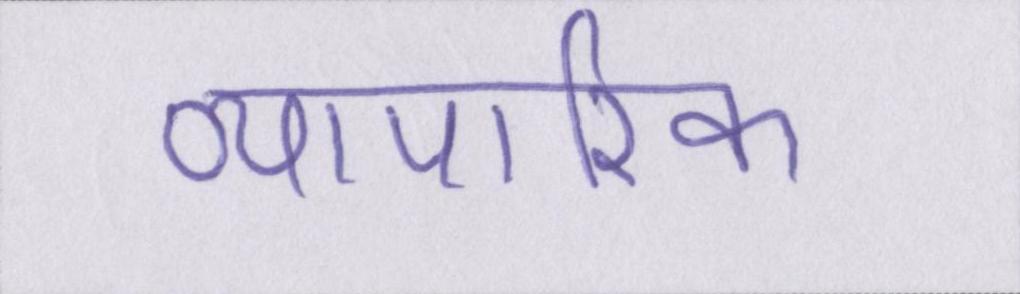
व्यापारिक